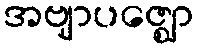
အဗျာပဇ္ဈော